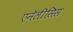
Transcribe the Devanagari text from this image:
एनॅलीसिस